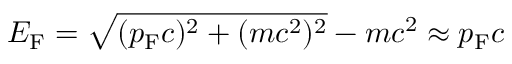
E _ { \mathrm { F } } = { \sqrt { ( p _ { \mathrm { F } } c ) ^ { 2 } + ( m c ^ { 2 } ) ^ { 2 } } } - m c ^ { 2 } \approx p _ { \mathrm { F } } c